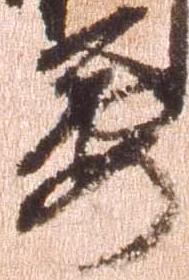
要